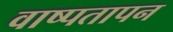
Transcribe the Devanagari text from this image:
वाष्पतापन